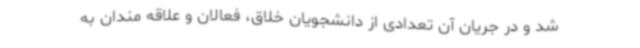
شد و در جریان آن تعدادی از دانشجویان خلاق، فعالان و علاقه مندان به